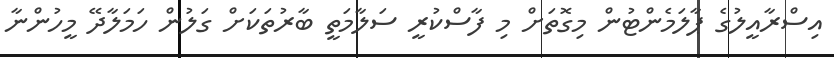
އިސްރާއީލުގެ ޕާލަމެންޓުން މިގޮތަށް މި ފާސްކުރީ ސަލާމަތީ ބާރުތަކަށް ގަލުން ހަމަލާދޭ މީހުންނާ